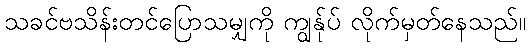
သခင်ဗသိန်းတင်ပြောသမျှကို ကျွန်ုပ် လိုက်မှတ်နေသည်။